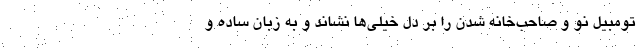
تومبیل نو و صاحب‌خانه شدن را بر دل خیلی‌ها نشاند و به زبان ساده و